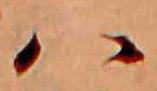
ハ